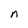
Character: n